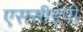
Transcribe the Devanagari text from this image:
एससीईपी